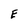
Character: E